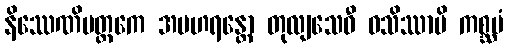
နိဿေဏိမတ္ထကေ အပဟရန္တော တုလျသေဝီ ဝသိဿာမိ ကစ္ဆပံ